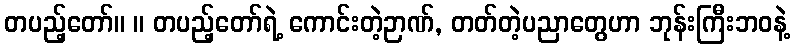
တပည့်တော်။ ။ တပည့်တော်ရဲ့ ကောင်းတဲ့ဉာဏ်, တတ်တဲ့ပညာတွေဟာ ဘုန်းကြီးဘဝနဲ့